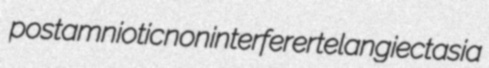
postamniotic noninterferer telangiectasia